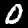
Label: 0